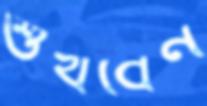
শুখবেন